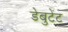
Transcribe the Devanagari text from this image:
डेबुटेंट